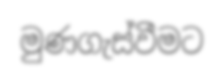
මුණගැස්වීමට